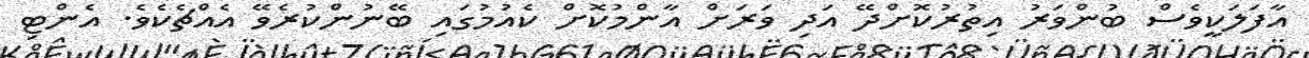
އާފަލަކީވެސް ބުންވަރު އިތުރުކޮށްދޭ އަދި ވަރަށް އާންމުކޮށް ކެއުމުގައި ބޭނުންކުރެވޭ އެއްޗެކެވެ. އެންޓި